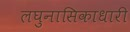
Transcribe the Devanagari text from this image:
लघुनासिकाधारी